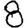
Digit: 8